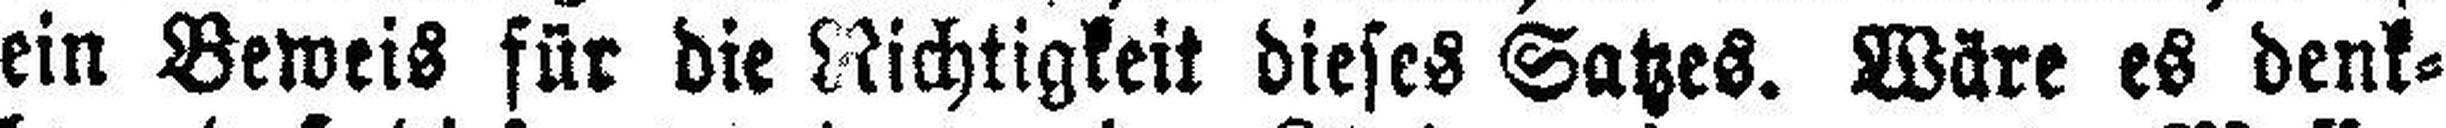
ein Beweis für die Nichtigkeit dieses Satzes. Wäre es denk¬